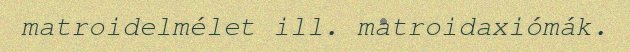
matroidelmélet ill. matroidaxiómák.